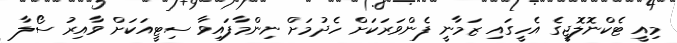
މިއީ ޓެކްނޮލޮޖީގެ އެހީގައި ޒަމާނީ ފެންވަރަކަށް ހެދުމަށް ނިންމާފައިވާ ސިޓީއަކަށް ވާއިރު ސޯލާ